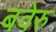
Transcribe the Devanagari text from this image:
बवेरु